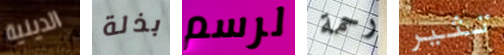
الدينية بذلة لرسم رحمة تثير